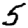
Digit: 5